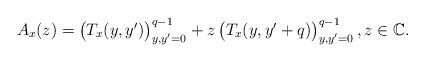
LaTeX: \begin{align*} A_x(z) = \begin{pmatrix} T_x(y,y') \end{pmatrix}_{y,y'= 0}^{q-1} + z \begin{pmatrix} T_x(y,y'+q) \end{pmatrix}_{y,y'=0}^{q-1},z \in \mathbb C. \end{align*}